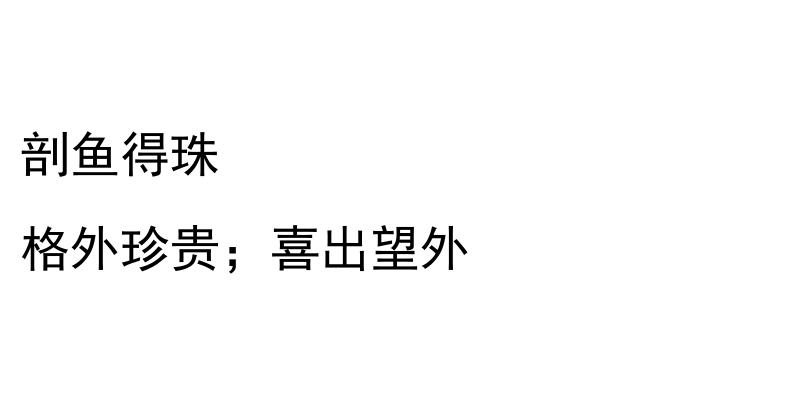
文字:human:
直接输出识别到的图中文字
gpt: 剖鱼得珠 格外珍贵；喜出望外